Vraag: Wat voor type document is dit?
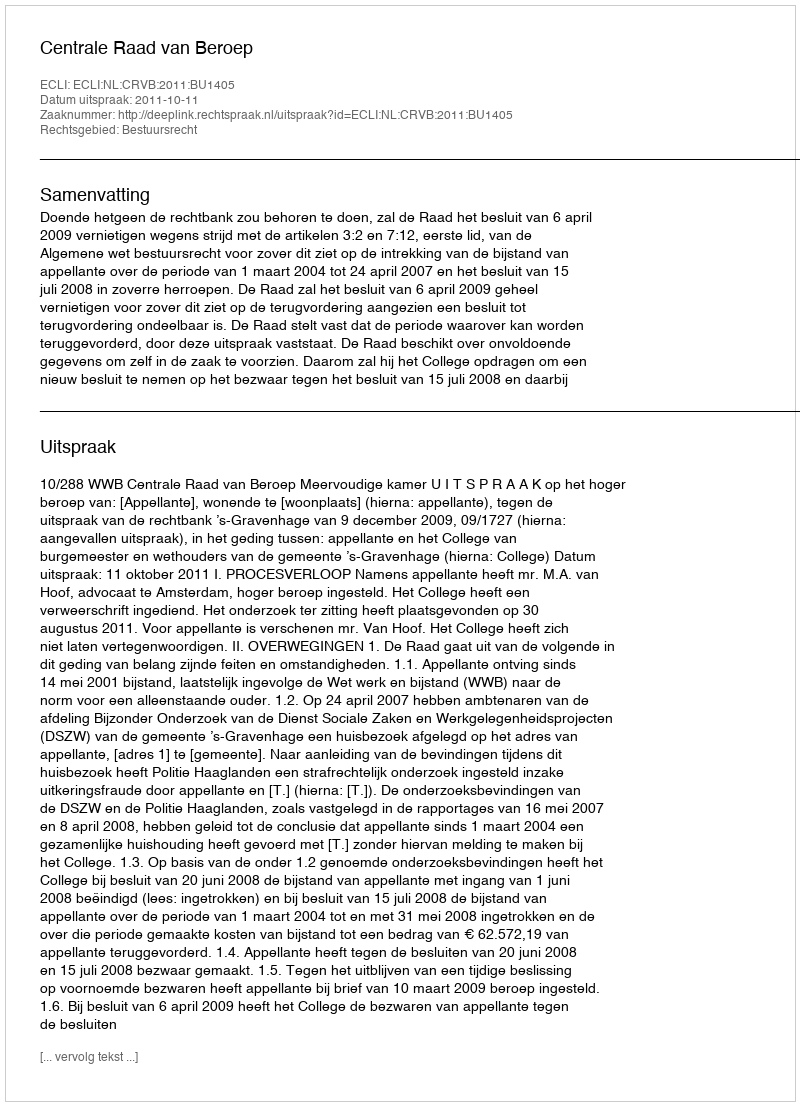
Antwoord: Uitspraak